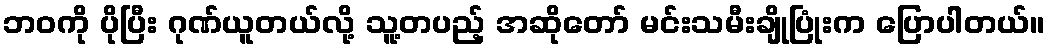
ဘဝကို ပိုပြီး ဂုဏ်ယူတယ်လို့ သူ့တပည့် အဆိုတော် မင်းသမီးချိုပြုံးက ပြောပါတယ်။